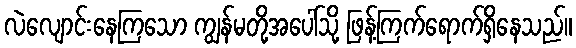
လဲလျောင်းနေကြသော ကျွန်မတို့အပေါ်သို့ ဖြန့်ကြက်ရောက်ရှိနေသည်။